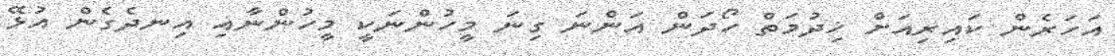
އަހަރެން ކައިރިއަށް ޚިދުމަތް ހޯދަން އަންނަ ގިނަ މީހުންނަކީ މީހުންނާއި އިނދެގެން އުޅޭ